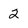
Character: 2